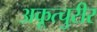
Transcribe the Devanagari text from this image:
अकूत्चुरीर